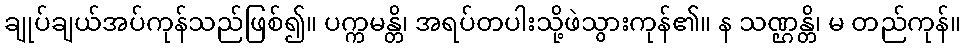
ချုပ်ချယ်အပ်ကုန်သည်ဖြစ်၍။ ပက္ကမန္တိ၊ အရပ်တပါးသို့ဖဲသွားကုန်၏။ န သဏ္ဌန္တိ၊ မ တည်ကုန်။